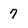
Character: 7